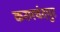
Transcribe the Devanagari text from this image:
करमचंदपुर